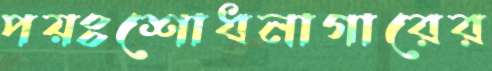
পয়ঃশোধনাগারের